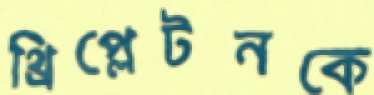
থ্রিপ্লেটনকে